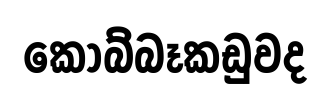
කොබ්බෑකඩුවද